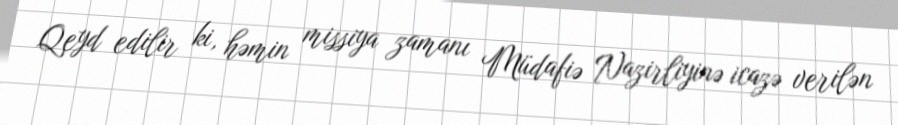
Qeyd edilir ki, həmin missiya zamanı Müdafiə Nazirliyinə icazə verilən